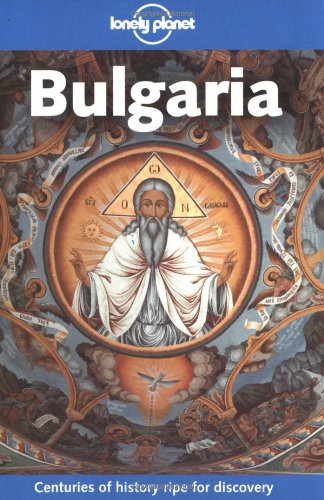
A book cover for Lonely Planet Bulgaria; Paul Greenway; Travel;